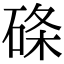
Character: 𥓃